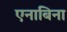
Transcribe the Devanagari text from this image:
एनाबिना